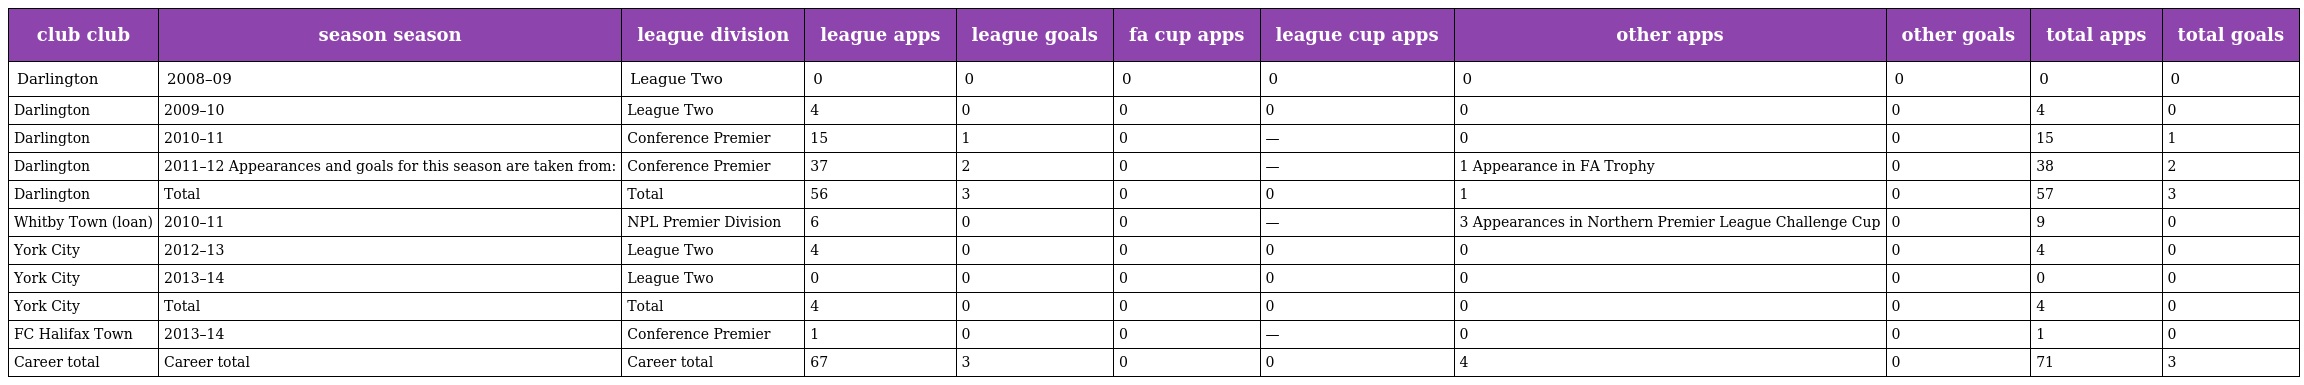
| club club | season season | league division | league apps | league goals | fa cup apps | league cup apps | other apps | other goals | total apps | total goals |
 | --- | --- | --- | --- | --- | --- | --- | --- | --- | --- | --- |
 | Darlington | 2008–09 | League Two | 0 | 0 | 0 | 0 | 0 | 0 | 0 | 0 |
 | Darlington | 2009–10 | League Two | 4 | 0 | 0 | 0 | 0 | 0 | 4 | 0 |
 | Darlington | 2010–11 | Conference Premier | 15 | 1 | 0 | — | 0 | 0 | 15 | 1 |
 | Darlington | 2011–12 Appearances and goals for this season are taken from: | Conference Premier | 37 | 2 | 0 | — | 1 Appearance in FA Trophy | 0 | 38 | 2 |
 | Darlington | Total | Total | 56 | 3 | 0 | 0 | 1 | 0 | 57 | 3 |
 | Whitby Town (loan) | 2010–11 | NPL Premier Division | 6 | 0 | 0 | — | 3 Appearances in Northern Premier League Challenge Cup | 0 | 9 | 0 |
 | York City | 2012–13 | League Two | 4 | 0 | 0 | 0 | 0 | 0 | 4 | 0 |
 | York City | 2013–14 | League Two | 0 | 0 | 0 | 0 | 0 | 0 | 0 | 0 |
 | York City | Total | Total | 4 | 0 | 0 | 0 | 0 | 0 | 4 | 0 |
 | FC Halifax Town | 2013–14 | Conference Premier | 1 | 0 | 0 | — | 0 | 0 | 1 | 0 |
 | Career total | Career total | Career total | 67 | 3 | 0 | 0 | 4 | 0 | 71 | 3 |